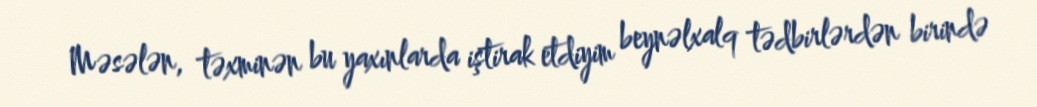
Məsələn, təxminən bu yaxınlarda iştirak etdiyim beynəlxalq tədbirlərdən birində